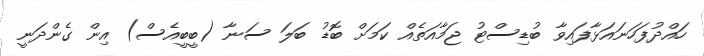
ހައްދުފަހަނައަޅާފައިވާ ބުޑިސްޓު ޖަމާއަތެއް ކަމަށް ބޮޑު ބަލަ ސަނާ (ބީބީއެސް) އިން ގެންދަނީ